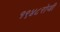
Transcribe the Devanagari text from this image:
१९४८रोजी